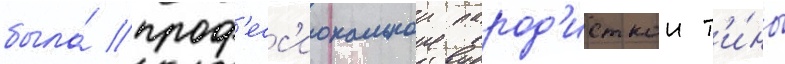
была́ проф'есс'иональнои парод'исткои т'и́ны